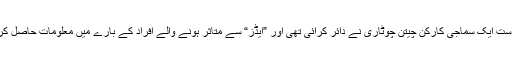
در اصل عدالت میں درخواست ایک سماجی کارکن چیتن چوٹاری نے دائر کرائی تھی اور ”ایڈز“ سے متاثر ہونے والے افراد کے بارے میں معلومات حاصل کرنے کی استدعاء کی تھی ۔